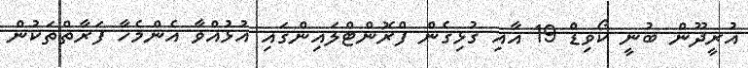
އުރީދޫން ބުނީ ކޯވިޑް 19 އާއި ގުޅިގެން ފްރޮންޓްލައިންގައި އުޅުއްވާ އެންމެހާ ފަރާތްތަކުން